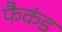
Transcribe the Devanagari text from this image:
फैकंड